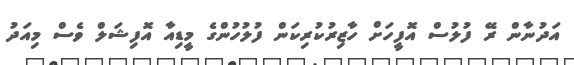
އަދުނާން ރޭ ފުލުސް އޮފީހަށް ހާޒިރުކުރިކަން ފުލުހުންގެ މީޑިއާ އޮފިޝަލް ވެސް މިއަދު